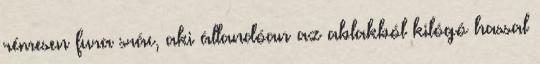
rémesen fura srác, aki állandóan az ablakból kilógó hassal